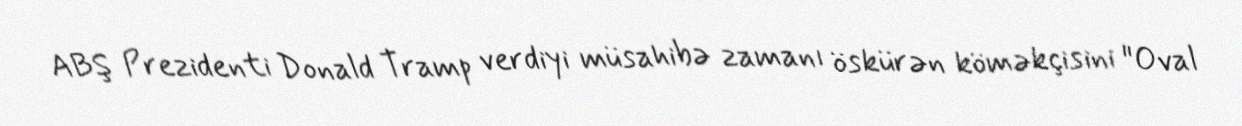
ABŞ Prezidenti Donald Tramp verdiyi müsahibə zamanı öskürən köməkçisini "Oval